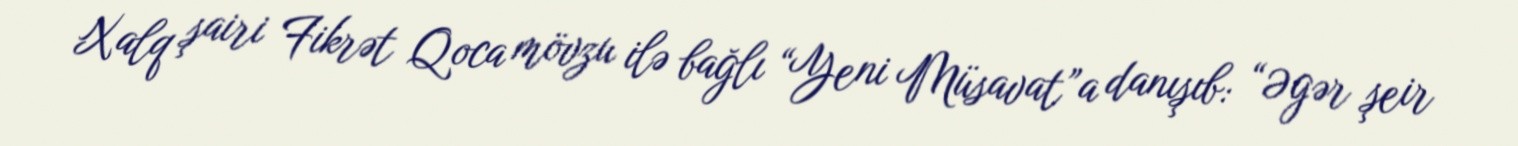
Xalq şairi Fikrət Qoca mövzu ilə bağlı “Yeni Müsavat”a danışıb: “Əgər şeir